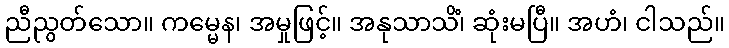
ညီညွတ်သော။ ကမ္မေန၊ အမှုဖြင့်။ အနုသာသိံ၊ ဆုံးမပြီ။ အဟံ၊ ငါသည်။